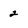
Character: 2